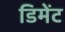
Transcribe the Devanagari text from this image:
डिमेंट